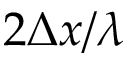
2 \Delta x / \lambda